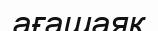
ағашаяқ